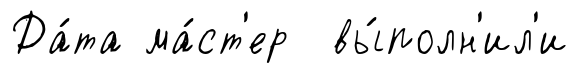
Да́та ма́ст'ер вы́полн'ил'и